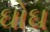
ઘોઘ